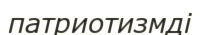
патриотизмді